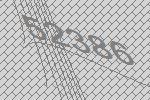
52386